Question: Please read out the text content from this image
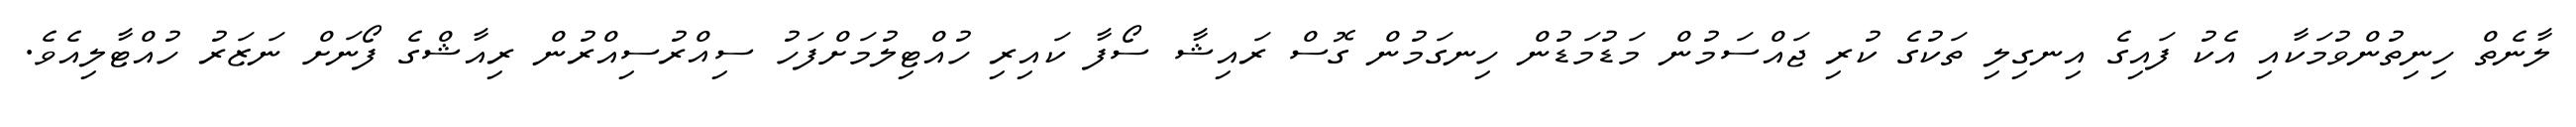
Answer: ލާނެތް ހިނިތުންވުމަކާއި އެކު ފައިގެ އިނގިލި ތަކުގެ ކުރި ޖައްސަމުން މަޑުމަޑުން ހިނގަމުން ގޮސް ރައިޝާ ސޯފާ ކައިރި ހުއްޓިލުމަށްފަހު ސިއްރުސިއްރުން ރިއާޝްގެ ފޯނަށް ނަޒަރު ހުއްޓާލިއެވެ.